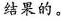
结果的。